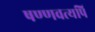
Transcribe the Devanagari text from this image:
षण्णवत्यपि